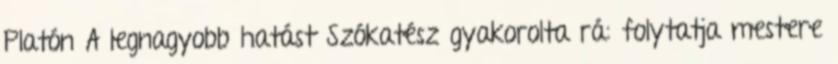
Platón A legnagyobb hatást Szókatész gyakorolta rá: folytatja mestere